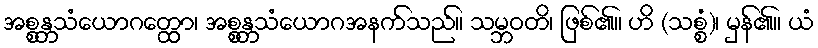
အစ္စန္တသံယောဂတ္ထော၊ အစ္စန္တသံယောဂအနက်သည်။ သမ္ဘဝတိ၊ ဖြစ်၏။ ဟိ (သစ္စံ)၊ မှန်၏။ ယံ